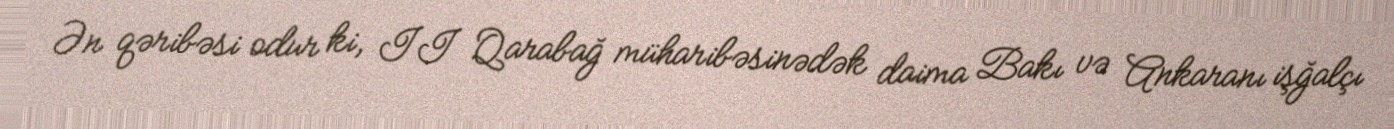
Ən qəribəsi odur ki, II Qarabağ müharibəsinədək daima Bakı və Ankaranı işğalçı